Indian journal of veterinary science and animal husbandry - Volume 2,
Year: 1932
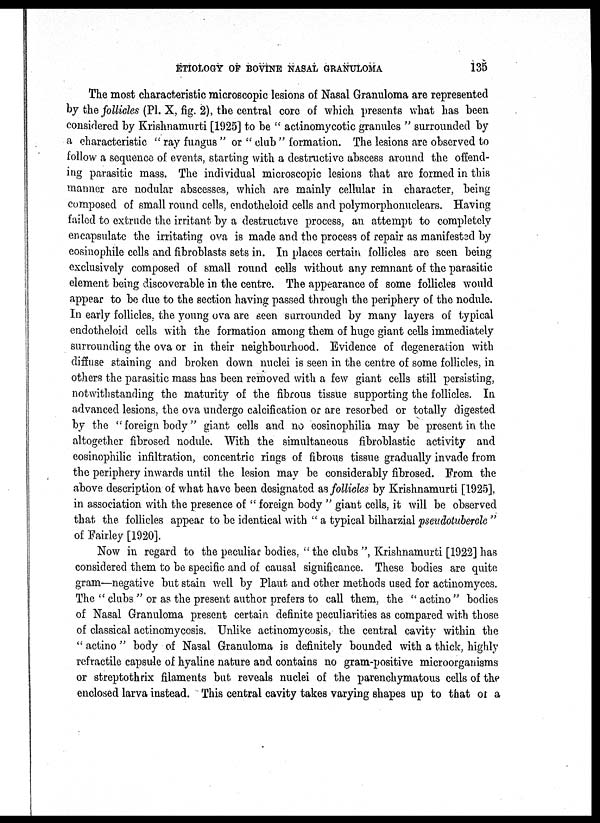
ETIOLOGY OF BOVINE NASAL GRANULOMA
135
The most characteristic microscopic lesions of Nasal Granuloma are represented
by the follicles (Pl. X, fig. 2), the central core of which presents what has been
considered by Krishnamurti [1925] to be " actinomycotic granules " surrounded by
a characteristic " ray fungus " or " club " formation. The lesions are observed to
follow a sequence of events, starting with a destructive abscess around the offend-
ing parasitic mass. The individual microscopic lesions that are formed in this
manner are nodular abscesses, which are mainly cellular in character, being
composed of small round cells, endotheloid cells and polymorphonuclears. Having
failed to extrude the irritant by a destructive process, an attempt to completely
encapsulate the irritating ova is made and the process of repair as manifested by
eosinophile cells and fibroblasts sets in. In places certain follicles are seen being
exclusively composed of small round cells without any remnant of the parasitic
element being discoverable in the centre. The appearance of some follicles would
appear to be due to the section having passed through the periphery of the nodule.
In early follicles, the young ova are seen surrounded by many layers of typical
endotheloid cells with the formation among them of huge giant cells immediately
surrounding the ova or in their neighbourhood. Evidence of degeneration with
diffuse staining and broken down nuclei is seen in the centre of some follicles, in
others the parasitic mass has been removed with a few giant cells still persisting,
notwithstanding the maturity of the fibrous tissue supporting the follicles. In
advanced lesions, the ova undergo calcification or are resorbed or totally digested
by the " foreign body" giant cells and no eosinophilia may be present in the
altogether fibrosed nodule. "With the simultaneous fibroblastic activity and
eosinophilic infiltration, concentric rings of fibrous tissue gradually invade from
the periphery inwards until the lesion may be considerably fibrosed. From the
above description of what have been designated as follicles by Krishnamurti [1925],
in association with the presence of " foreign body " giant cells, it will be observed
that the follicles appear to be identical with " a typical bilharzial pseudotubercle "
of Fairley [1920].
Now in regard to the peculiar bodies, "the clubs ", Krishnamurti [1922] has
considered them to be specific and of causal significance. These bodies are quite
gram—negative but stain well by Plaut and other methods used for actinomyces.
The " clubs " or as the present author prefers to call them, the " actino " bodies
of Nasal Granuloma present certain definite peculiarities as compared with those
of classical actinomycosis. Unlike actinomycosis, the central cavity within the
" actino " body of Nasal Granuloma is definitely bounded with a thick, highly
refractile capsule of hyaline nature and contains no gram-positive microorganisms
or streptothrix filaments but reveals nuclei of the parenchymatous cells of the
enclosed larva instead. This central cavity takes varying shapes up to that of a